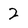
Character: 2